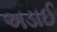
અડાઈ